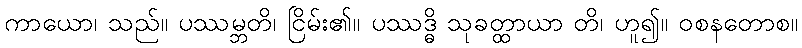
ကာယော၊ သည်။ ပဿမ္ဘတိ၊ ငြိမ်း၏။ ပဿဒ္ဓိ သုခတ္ထာယာ တိ၊ ဟူ၍။ ဝစနတောစ။